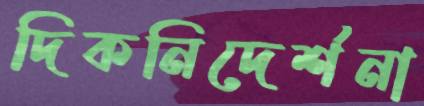
দিকনিদের্শনা